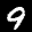
Label: 9